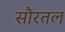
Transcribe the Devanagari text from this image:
सौरतल